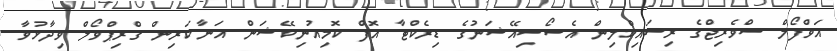
އަވްފޯލް ސްވެރިޖްގެ ރިސައިކްލިން އެސޯސިއޭޝަނުގެ ޑިރެކްޓާ އޮފް ކޮމިއުނިކޭޝަން އަނާ-ކަރިން ގްރިޕްވޯލް ވިދާޅުވާ